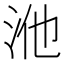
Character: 𭰃